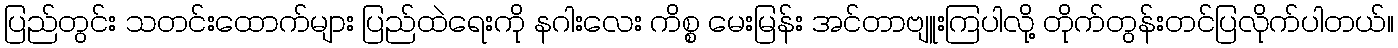
ပြည်တွင်း သတင်းထောက်များ ပြည်ထဲရေးကို နဂါးလေး ကိစ္စ မေးမြန်း အင်တာဗျူးကြပါလို့ တိုက်တွန်းတင်ပြလိုက်ပါတယ်။